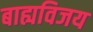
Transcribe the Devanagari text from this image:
बाह्यविजय